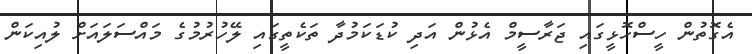
އެގޮތުން ހީސްހޮޅީގައި ޖަރާސީމް އެޅުން އަދި ކުޑަކަމުދާ ތަކެތީގައި ލޭހުރުމުގެ މައްސަލައަށް ލުއިކަން